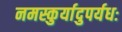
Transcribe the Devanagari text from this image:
नमस्कुर्यादुपर्यधः